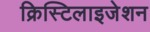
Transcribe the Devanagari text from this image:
क्रिस्टिलाइजेशन